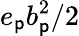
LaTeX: e_{\mathsf{p}}b_{\mathsf{p}}^{2}/2